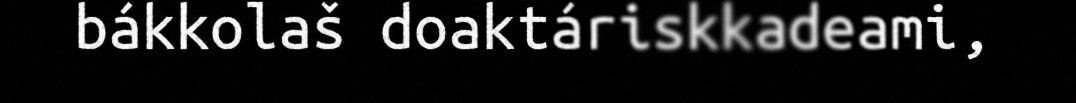
bákkolaš doaktáriskkadeami,